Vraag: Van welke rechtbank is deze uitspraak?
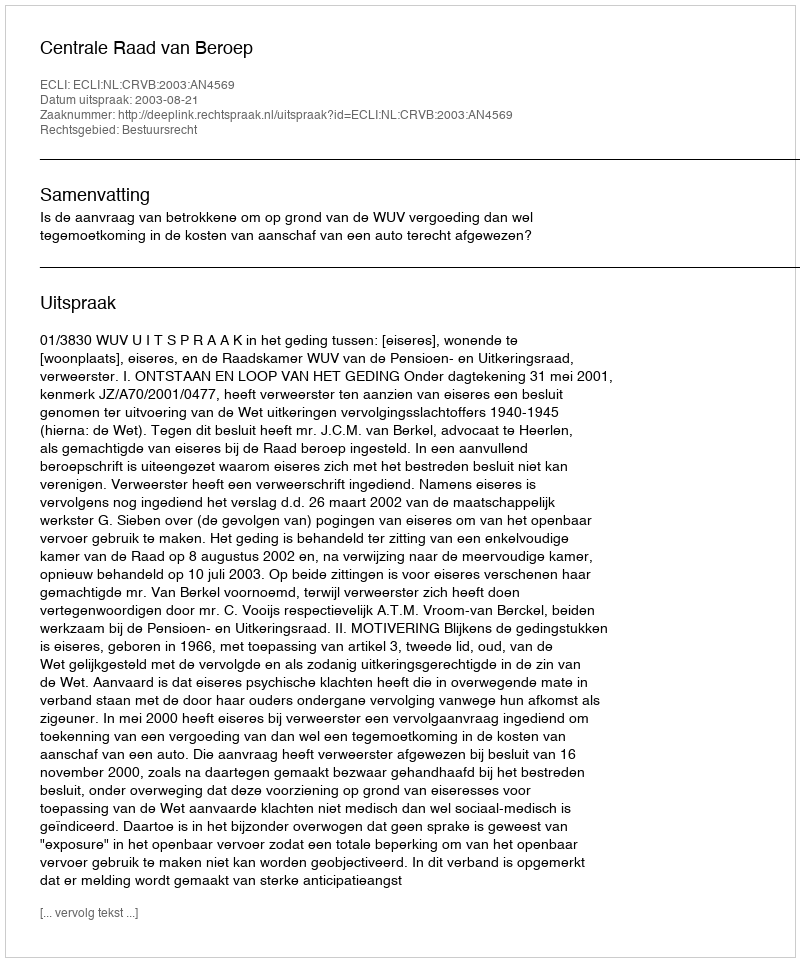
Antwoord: Centrale Raad van Beroep